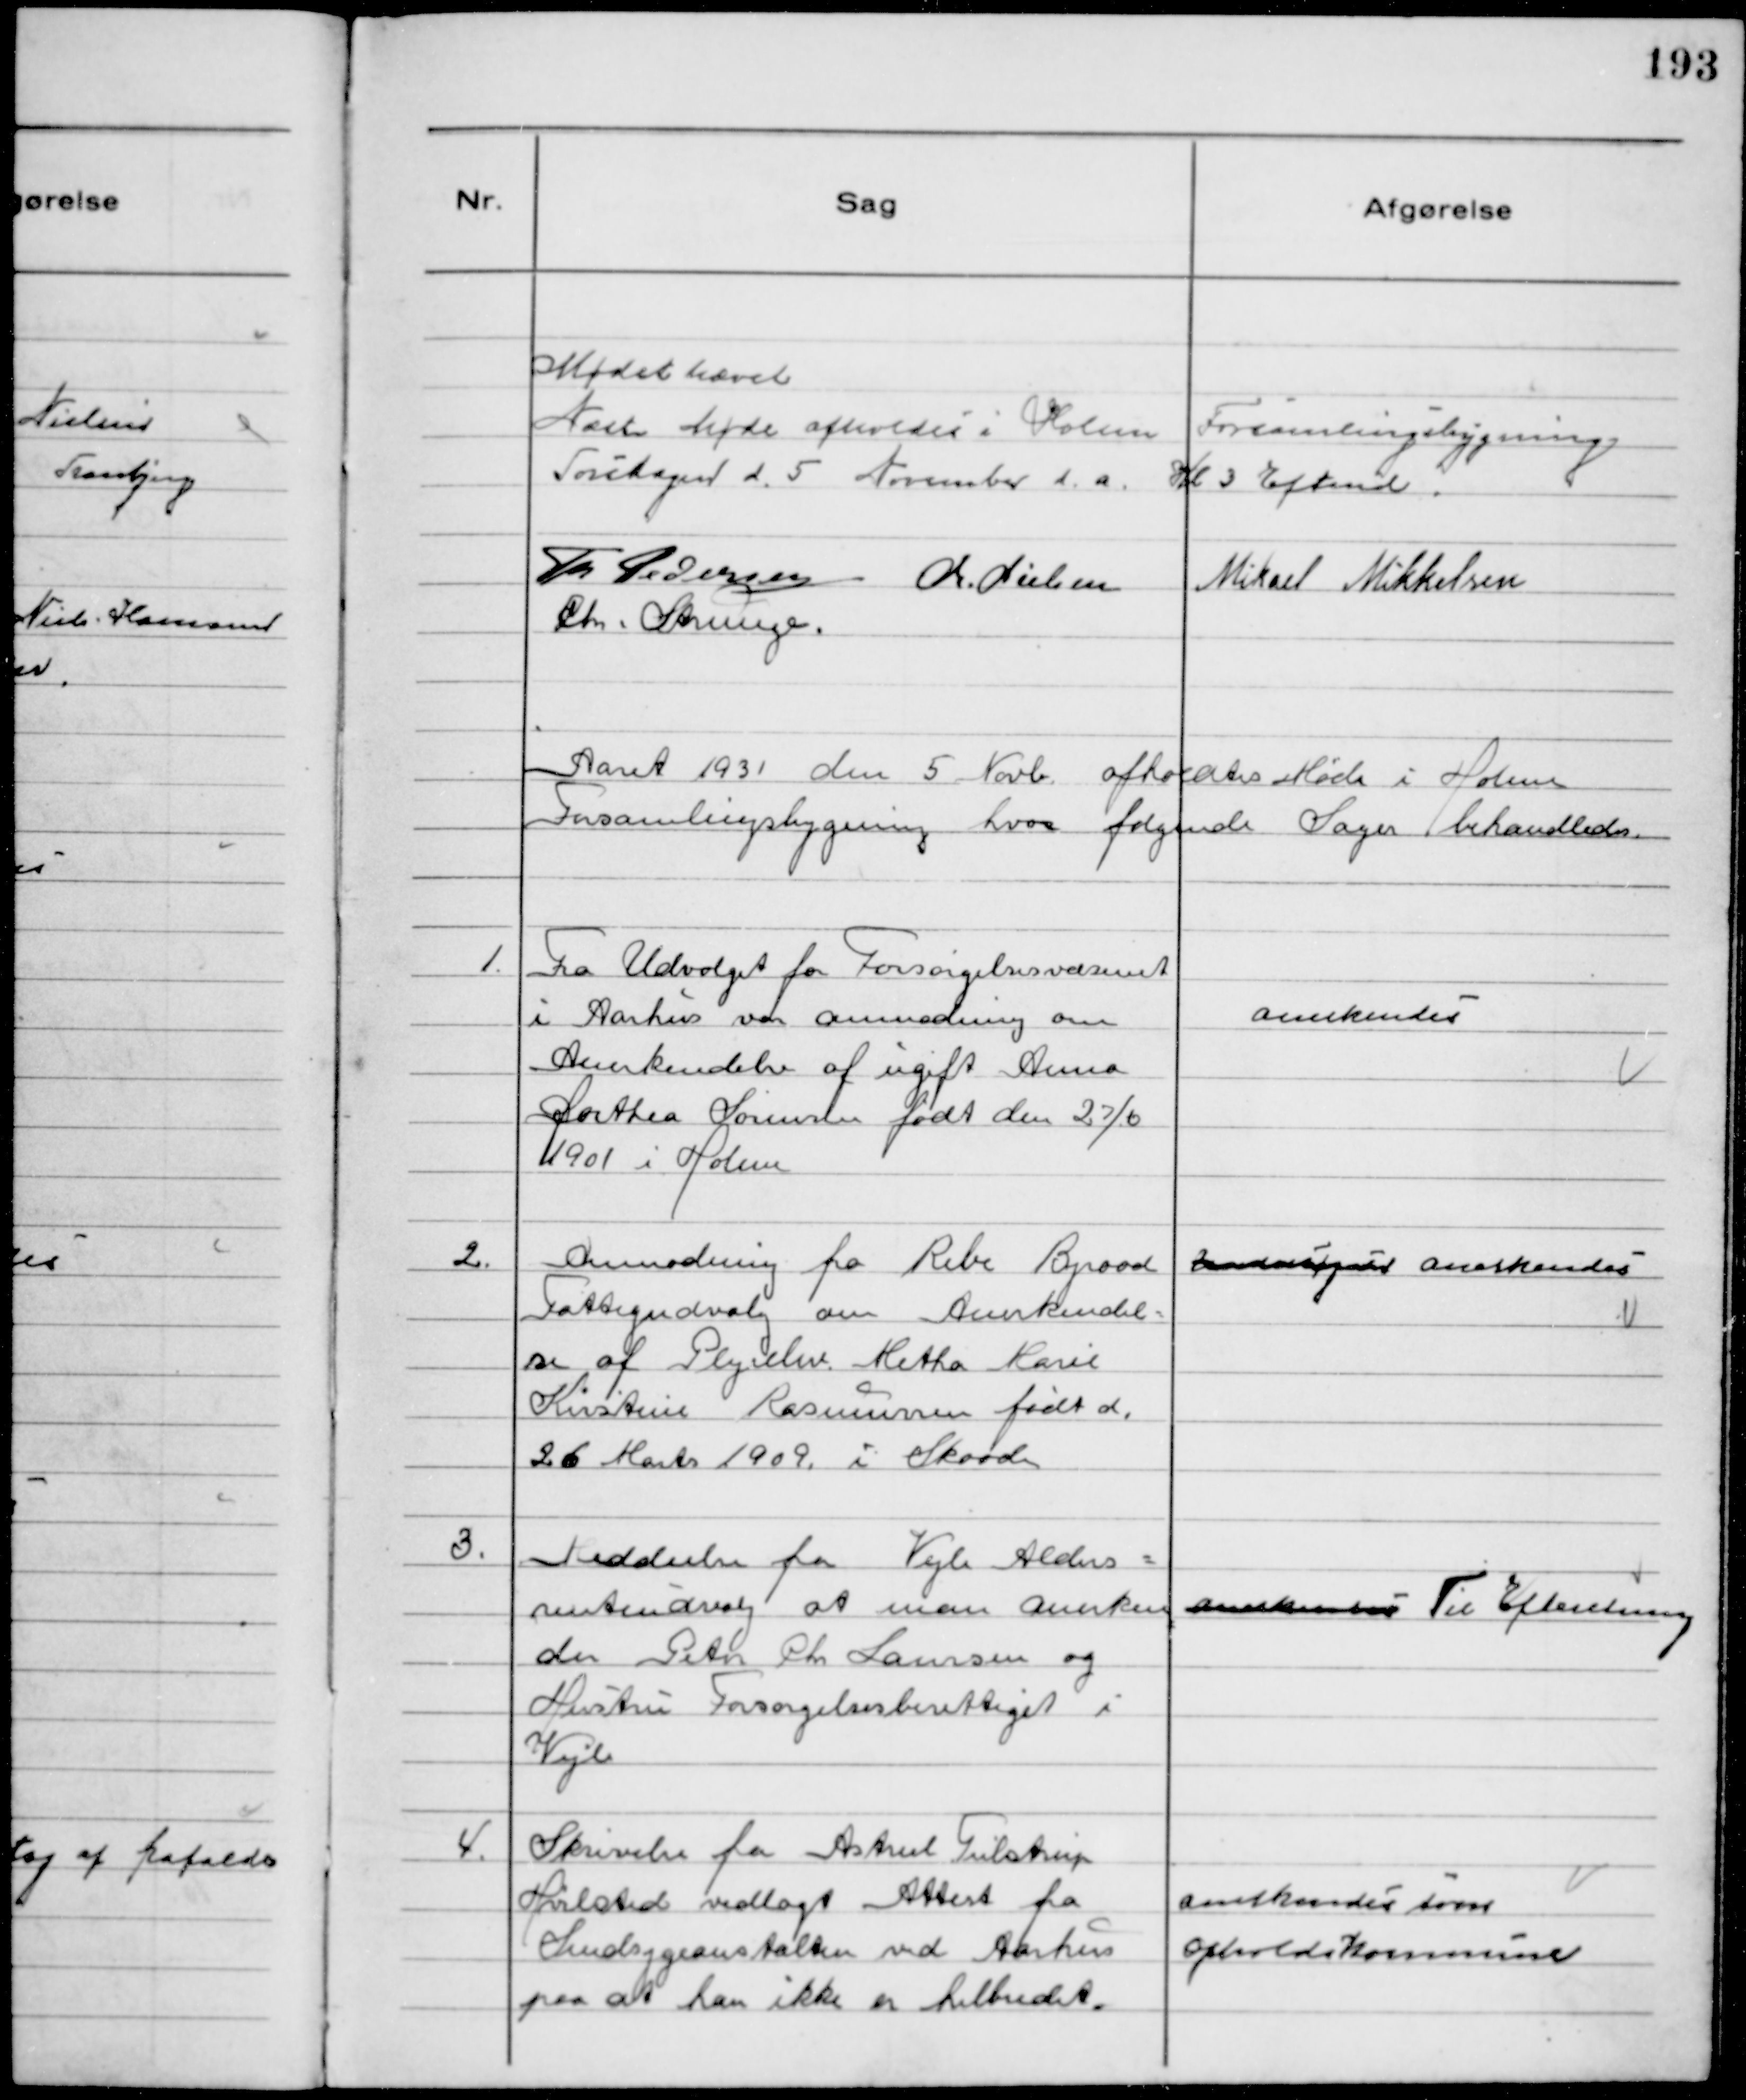
Transskription:
Mødet hævet
Næste Møde afholdes i Holme Forsamlingsbygning
Torsdagen d. 5 November d.a. Kl 3 Eftemd.
Th Pedersen Chr. Nielsen
Mikael Mikkelsen
Chr. Strunge.

Aaret 1931 den 5 Novb. afholdtes Møde i Holme
Forsamlingsbygning hvor følgende Sager behandledes.

1.
Fra Udvalget for Forsørgelsesvæsenet
i Aarhus var anmodning om
Anerkendelse af ugift Anna
Dorthea Sørensen født den 27/6
1901 i Holme

Anerkendes

2.
Anmodning fra Ribe Byraad
Fattigudvalg om Anerkendel-
se af  Plejeelev Metha Marie
Kirstine Rasmussen født d.
26 Marts 1909 i Skaade

Undersøges Anerkendes

3.
Meddeelse fra Vejle Alders-
renteudvalg at man Anerken
der Peter Chr Laursen og
Hustru Forsørgelsesberettiget i
Vejle

Anerkendes Til Efteretning

4.
Skrivelse fra Astrul Tulstrup
Hvilsted vedlagt Attest fra
Sindsygeanstalten ved Aarhus
paa at han ikke er helbredet.

Anerkendes som
Opholdskommune